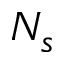
N _ { s }